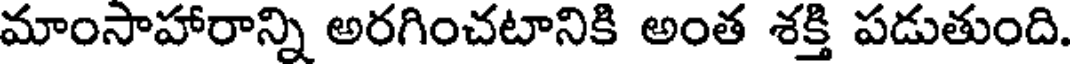
మాంసాహారాన్ని అరగించటానికి అంత శక్తి పడుతుంది.